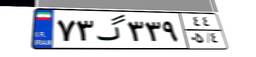
۷۳گ۳۳۹۴۴